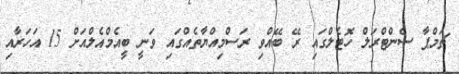
ޗަމްޕާ ސެންޓްރަލް ހޮޓެލްގައި ރޭ ބޭއްވި ރަސްމިއްޔާތެއްގައި ވަނީ ބީއެމްއެލްއަށް 15 އަހަރާއި